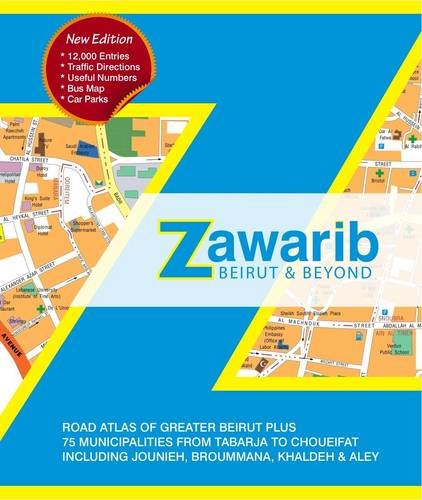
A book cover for Zawarib Beirut & Beyond: Road Atlas of Greater Beirut Plus 75 Municipalities from Tabarja to Choueifat; Bahi Ghubril; Travel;